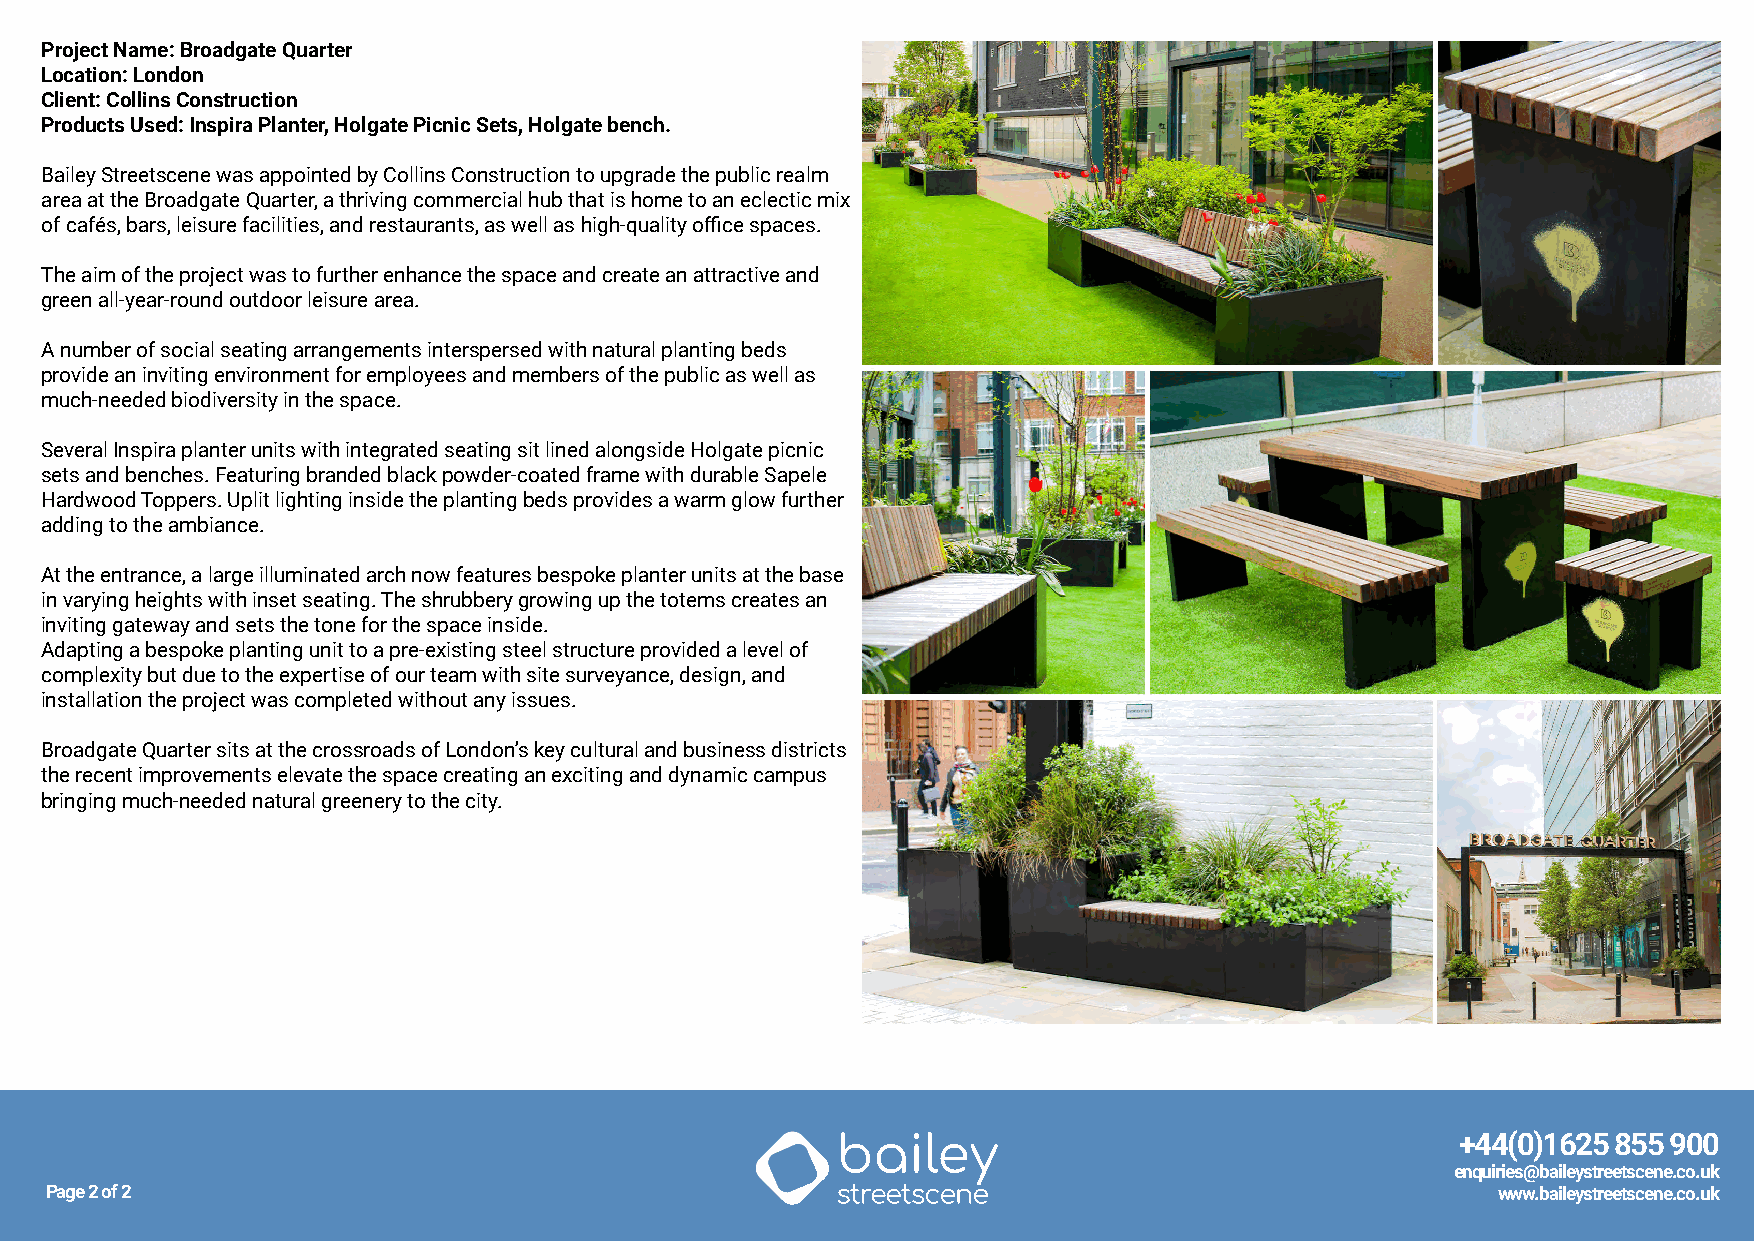
Project Name: Broadgate Quarter
 Location: London
 Client: Collins Construction
 Products Used: Inspira Planter, Holgate Picnic Sets, Holgate bench.
 Bailey Streetscene was appointed by Collins Construction to upgrade the public realm
 area at the Broadgate Quarter, a thriving commercial hub that is home to an eclectic mix
 of cafés, bars, leisure facilities, and restaurants, as well as high-quality office spaces.
 The aim of the project was to further enhance the space and create an attractive and
 green all-year-round outdoor leisure area.
 A number of social seating arrangements interspersed with natural planting beds
 provide an inviting environment for employees and members of the public as well as
 much-needed biodiversity in the space.
 Several Inspira planter units with integrated seating sit lined alongside Holgate picnic
 sets and benches. Featuring branded black powder-coated frame with durable Sapele
 Hardwood Toppers. Uplit lighting inside the planting beds provides a warm glow further
 adding to the ambiance.
 At the entrance, a large illuminated arch now features bespoke planter units at the base
 in varying heights with inset seating. The shrubbery growing up the totems creates an
 inviting gateway and sets the tone for the space inside.
 Adapting a bespoke planting unit to a pre-existing steel structure provided a level of
 complexity but due to the expertise of our team with site surveyance, design, and
 installation the project was completed without any issues.
 Broadgate Quarter sits at the crossroads of London’s key cultural and business districts
 the recent improvements elevate the space creating an exciting and dynamic campus
 bringing much-needed natural greenery to the city.
 +44(0)1625 855 900
 enquiries@baileystreetscene.co.uk
 Page 2 of 2                                                                                     www.baileystreetscene.co.uk